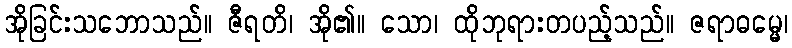
အိုခြင်းသဘောသည်။ ဇီရတိ၊ အို၏။ သော၊ ထိုဘုရားတပည့်သည်။ ဇရာဓမ္မေ၊